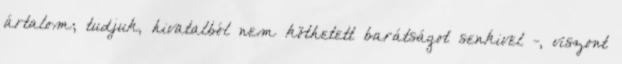
ártalom; tudjuk, hivatalból nem köthetett barátságot senkivel -, viszont